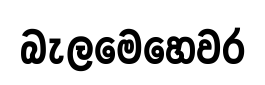
බැලමෙහෙවර